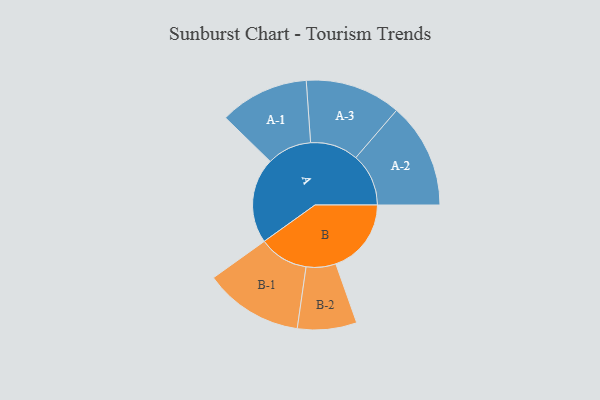
{"axis": {"x": "Segment", "y": "Value"}, "legend": ["", "A", "B"], "data": [{"x": "A", "y": 444, "type": ""}, {"x": "B", "y": 392, "type": ""}, {"x": "A-1", "y": 232, "type": "A"}, {"x": "A-2", "y": 274, "type": "A"}, {"x": "A-3", "y": 249, "type": "A"}, {"x": "B-1", "y": 257, "type": "B"}, {"x": "B-2", "y": 154, "type": "B"}]}